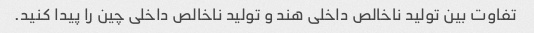
تفاوت بین تولید ناخالص داخلی هند و تولید ناخالص داخلی چین را پیدا کنید.